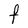
Character: F